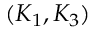
( K _ { 1 } , K _ { 3 } )